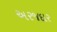
અરજદાર